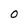
Character: O